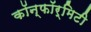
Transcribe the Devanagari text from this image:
कॉन्फॉर्मिटी